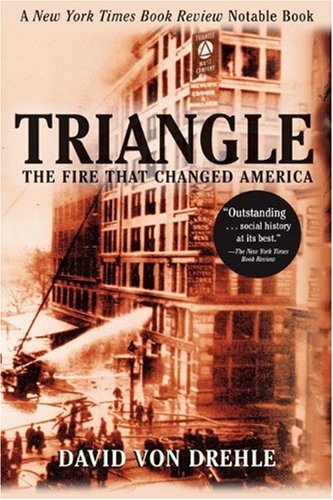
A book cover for Triangle: The Fire That Changed America; David von Drehle; Business & Money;